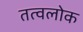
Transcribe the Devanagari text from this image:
तत्वलोक